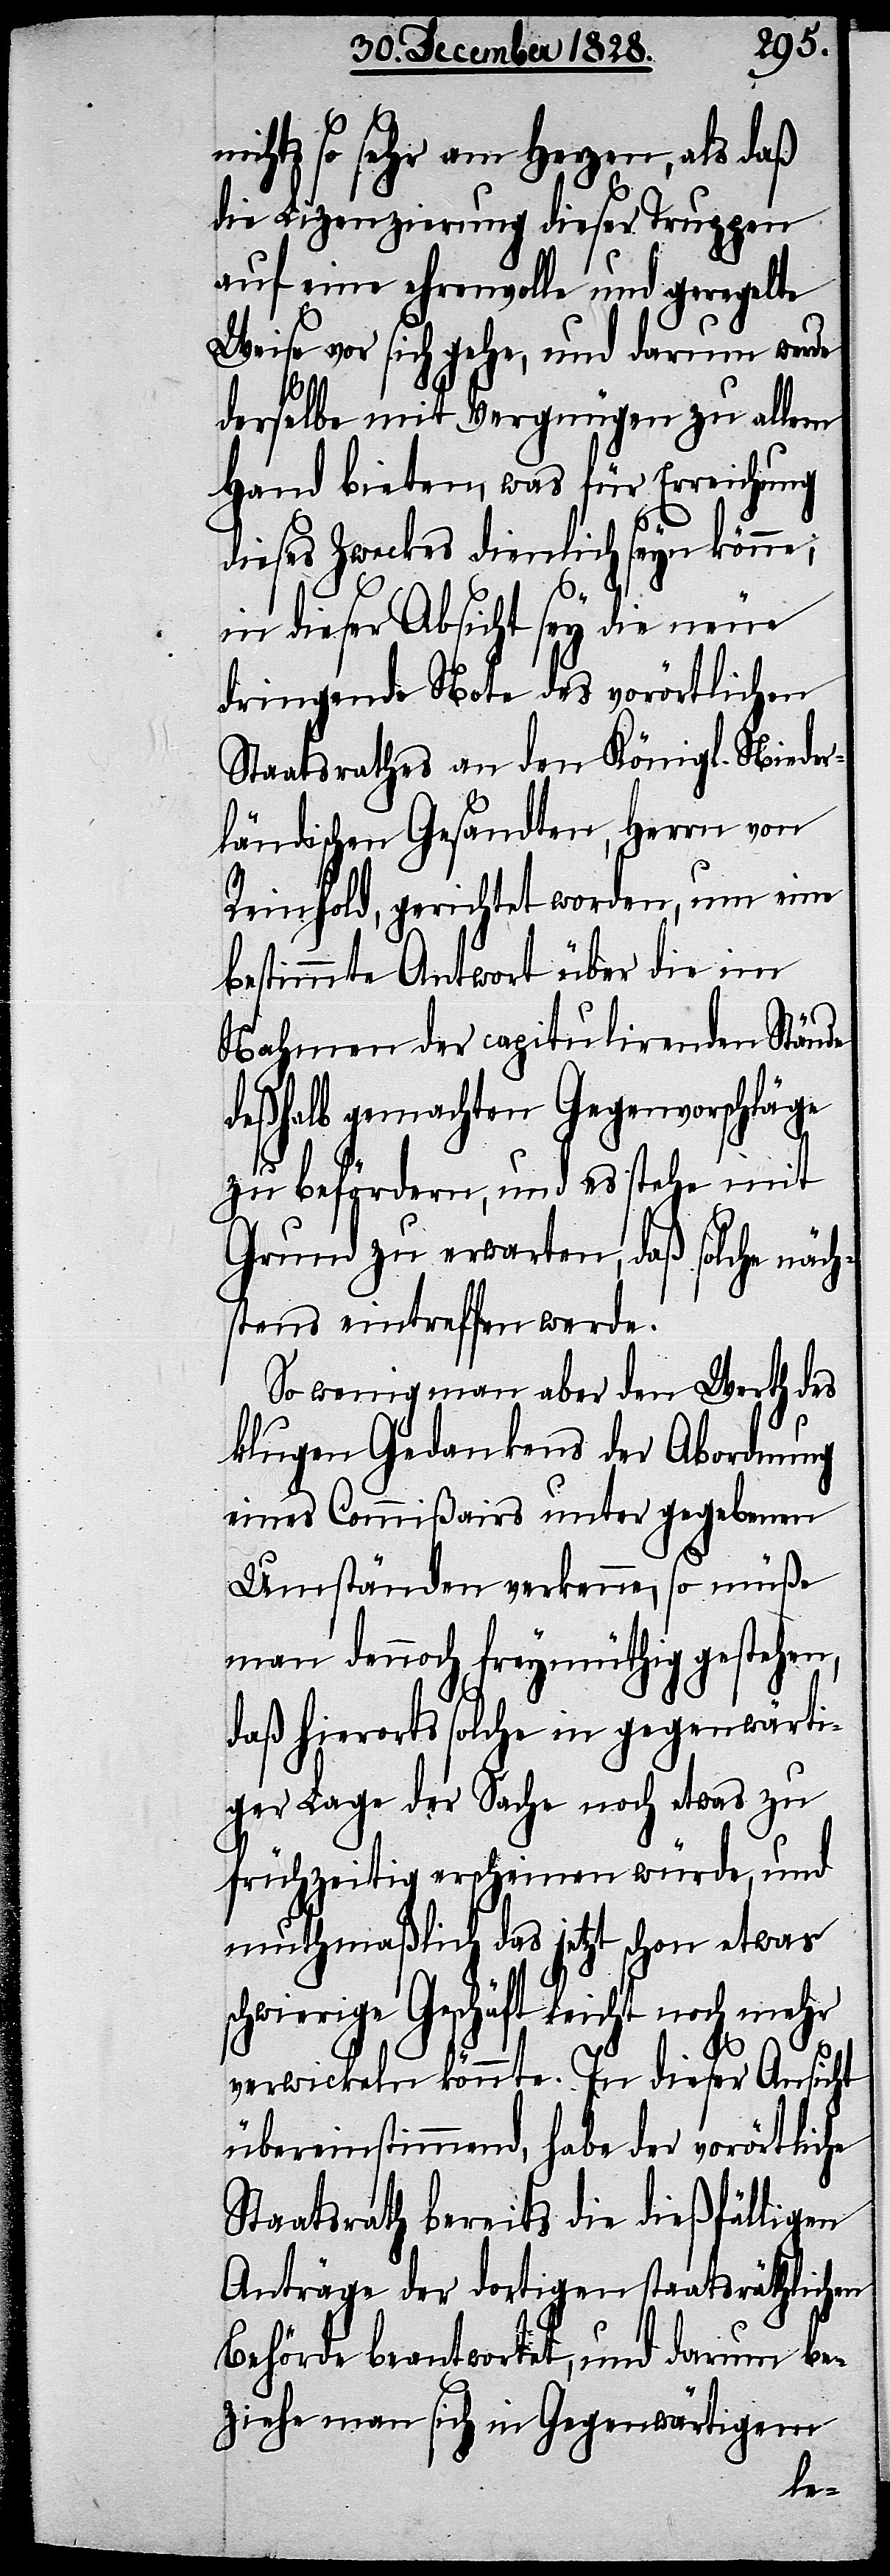
nichts so sehr am Herzen, als daß
die Lizenzierung dieser Truppen
auf eine ehrenvolle und geregelte
Weise vor sich gehe, und darum werde
derselbe mit Vergnügen zu allem
Hand bieten, was für Erreichung
dieses Zweckes dienlich seyn könne;
in dieser Absicht sey die neue
dringende Note des vorörtlichen
Staatsrathes an den Königl. Nieder¬
ländischen Gesandten, Herrn von
Reinhold, gerichtet worden, um eine
bestimmte Antwort über die im
Nahmen der capitulirenden Stände
deßhalb gemachten Gegenvorschläge
zu befördern, und es stehe mit
Grund zu erwarten, daß solche näch¬
stens eintreffen werde.
So wenig man aber den Werth des
klugen Gedankens der Abordnung
eines Commißairs unter gegebenen
Umständen verkenne, so müße
man dennoch freymüthig gestehen,
daß hierorts solche in gegenwärti¬
ger Lage der Sache noch etwas zu
frühzeitig erscheinen würde, und
muthmaßlich das jetzt schon etwas
schwierige Geschäft leicht noch mehr
verwickeln könnte. In dieser Ansicht
übereinstimmend, habe der vorörtliche
Staatsrath bereits die dießfälligen
Anträge der dortigen staatsräthlichen
Behörde beantwortet, und darum be¬
ziehe man sich in Gegenwärtigem